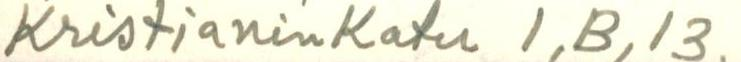
Kristianinkatu 1,B,13